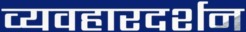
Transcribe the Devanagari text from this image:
व्यवहारदर्शन